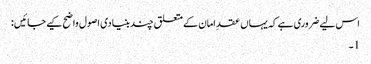
اس لیے ضروری ہے کہ یہاں عقدِ امان کے متعلق چند بنیادی اصول واضح کیے جائیں:
1۔